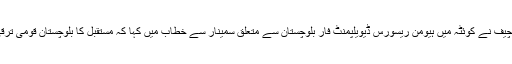
پاک فوج کے شعبہ تعلقات عامہ ( آئی ایس پی آر) کی جانب سے جاری بیان میں کہا گیا ہے کہ آرمی چیف نے کوئٹہ میں ہیومن ریسورس ڈیویلپمنٹ فار بلوچستان سے متعلق سمینار سے خطاب میں کہا کہ مستقبل کا بلوچستان قومی ترقی کی کوششوں کا انجن ہو گا، کل کے بلوچستان کا شمال سے جنوب اور مغرب تک مثالی رابطہ ہو گا۔